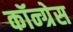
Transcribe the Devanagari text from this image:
कॉन्‍ग्रेस